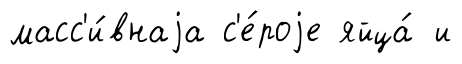
масс'и́внаjа с'е́роjе яйца́ и